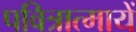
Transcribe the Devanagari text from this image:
पवित्रात्मायें